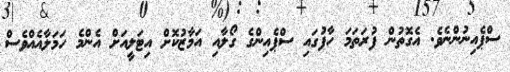
ސްޕެއިނުންނެވެ. އެގޮތުން ފުރަތަމަ ހާފުގައި ސްޕެއިންގެ ގޯލާއި އަމާޒުކޮށް އިޓަލީއަށް އެންމެ ހަމަލާއެއްވެސް